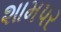
શામપર